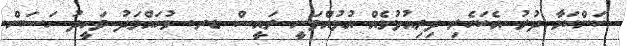
ކަންކަމާ ދުރު އެކަހެރި ދިރިއުޅުމެއް އުޅުއްވަނީ ރައީސް ޑރ. މުހައްމަދު ވަހީދު ހަސަން